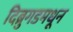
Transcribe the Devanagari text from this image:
दिब्रुगडमधून